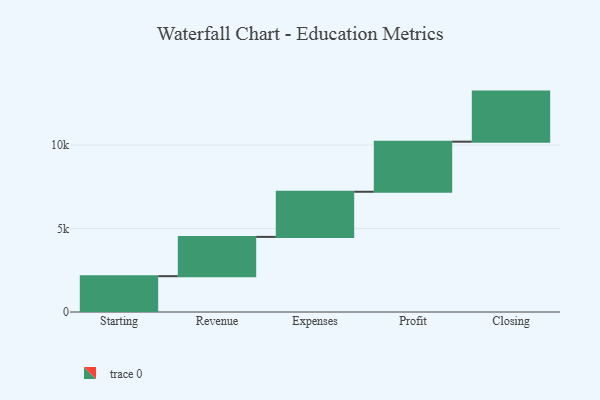
{"axis": {"x": "Step", "y": "Value"}, "legend": [""], "data": [{"x": "Starting", "y": 2145.0, "type": ""}, {"x": "Revenue", "y": 2355.0, "type": ""}, {"x": "Expenses", "y": 2703.0, "type": ""}, {"x": "Profit", "y": 3000, "type": ""}, {"x": "Closing", "y": 3000, "type": ""}]}